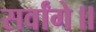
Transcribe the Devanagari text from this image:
सर्वांगे॥